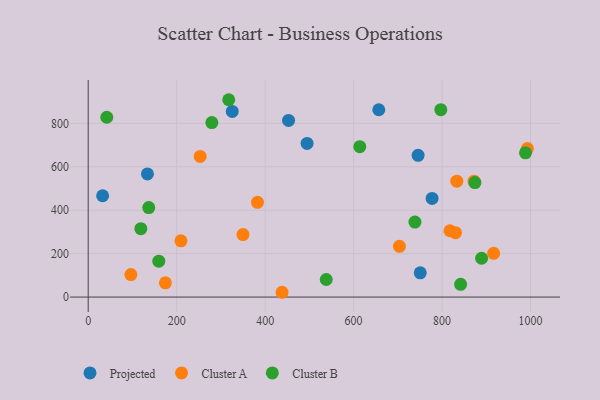
{"axis": {"x": "Distance", "y": "Sales"}, "legend": ["Cluster A", "Cluster B", "Projected"], "data": [{"x": "656.9", "y": 862.7, "type": "Projected"}, {"x": "777.4", "y": 454.5, "type": "Projected"}, {"x": "452.9", "y": 813.7, "type": "Projected"}, {"x": "494.8", "y": 707.5, "type": "Projected"}, {"x": "745.8", "y": 652.8, "type": "Projected"}, {"x": "325.6", "y": 855.0, "type": "Projected"}, {"x": "750.6", "y": 111.6, "type": "Projected"}, {"x": "32.6", "y": 466.6, "type": "Projected"}, {"x": "133.9", "y": 567.3, "type": "Projected"}, {"x": "817.8", "y": 305.5, "type": "Cluster A"}, {"x": "992.8", "y": 683.7, "type": "Cluster A"}, {"x": "382.7", "y": 436.2, "type": "Cluster A"}, {"x": "174.5", "y": 65.4, "type": "Cluster A"}, {"x": "916.5", "y": 201.5, "type": "Cluster A"}, {"x": "349.9", "y": 287.7, "type": "Cluster A"}, {"x": "253.1", "y": 647.9, "type": "Cluster A"}, {"x": "703.6", "y": 233.8, "type": "Cluster A"}, {"x": "830.3", "y": 296.5, "type": "Cluster A"}, {"x": "872.3", "y": 533.5, "type": "Cluster A"}, {"x": "833.3", "y": 533.7, "type": "Cluster A"}, {"x": "438.2", "y": 22.1, "type": "Cluster A"}, {"x": "209.7", "y": 259.2, "type": "Cluster A"}, {"x": "96.5", "y": 103.5, "type": "Cluster A"}, {"x": "613.9", "y": 692.4, "type": "Cluster B"}, {"x": "42.0", "y": 828.2, "type": "Cluster B"}, {"x": "988.6", "y": 664.3, "type": "Cluster B"}, {"x": "159.6", "y": 165.1, "type": "Cluster B"}, {"x": "889.3", "y": 178.7, "type": "Cluster B"}, {"x": "279.5", "y": 803.7, "type": "Cluster B"}, {"x": "136.9", "y": 412.2, "type": "Cluster B"}, {"x": "538.1", "y": 80.9, "type": "Cluster B"}, {"x": "317.7", "y": 908.8, "type": "Cluster B"}, {"x": "841.9", "y": 58.5, "type": "Cluster B"}, {"x": "119.0", "y": 315.0, "type": "Cluster B"}, {"x": "738.6", "y": 345.3, "type": "Cluster B"}, {"x": "797.1", "y": 862.9, "type": "Cluster B"}, {"x": "874.2", "y": 527.1, "type": "Cluster B"}]}